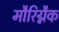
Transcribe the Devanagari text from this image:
मौरिग्नैक